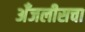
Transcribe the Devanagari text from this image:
अँजलीसचा